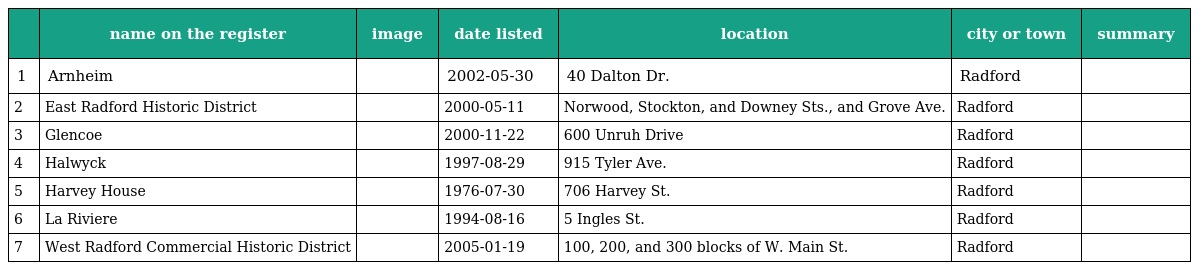
|  | name on the register | image | date listed | location | city or town | summary |
 | --- | --- | --- | --- | --- | --- | --- |
 | 1 | Arnheim |  | 2002-05-30 | 40 Dalton Dr. | Radford |  |
 | 2 | East Radford Historic District |  | 2000-05-11 | Norwood, Stockton, and Downey Sts., and Grove Ave. | Radford |  |
 | 3 | Glencoe |  | 2000-11-22 | 600 Unruh Drive | Radford |  |
 | 4 | Halwyck |  | 1997-08-29 | 915 Tyler Ave. | Radford |  |
 | 5 | Harvey House |  | 1976-07-30 | 706 Harvey St. | Radford |  |
 | 6 | La Riviere |  | 1994-08-16 | 5 Ingles St. | Radford |  |
 | 7 | West Radford Commercial Historic District |  | 2005-01-19 | 100, 200, and 300 blocks of W. Main St. | Radford |  |